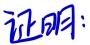
证明：